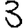
Digit: 3